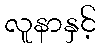
လူနာနှင့်